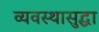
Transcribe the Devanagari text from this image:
व्यवस्थासुद्धा